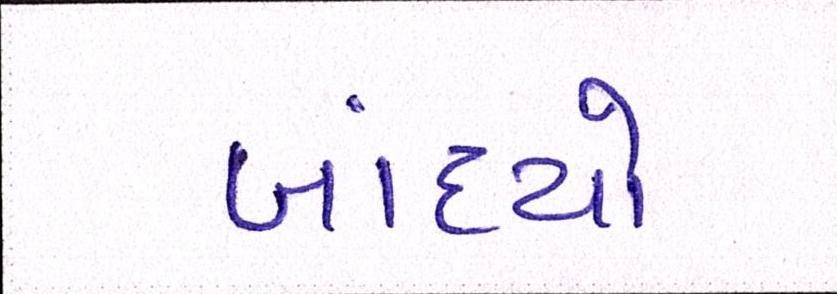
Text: બાંધ્યો